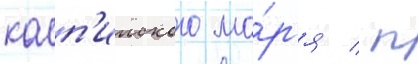
касп'ииского мо́р'я / п